Indian Civil Veterinary Department memoirs
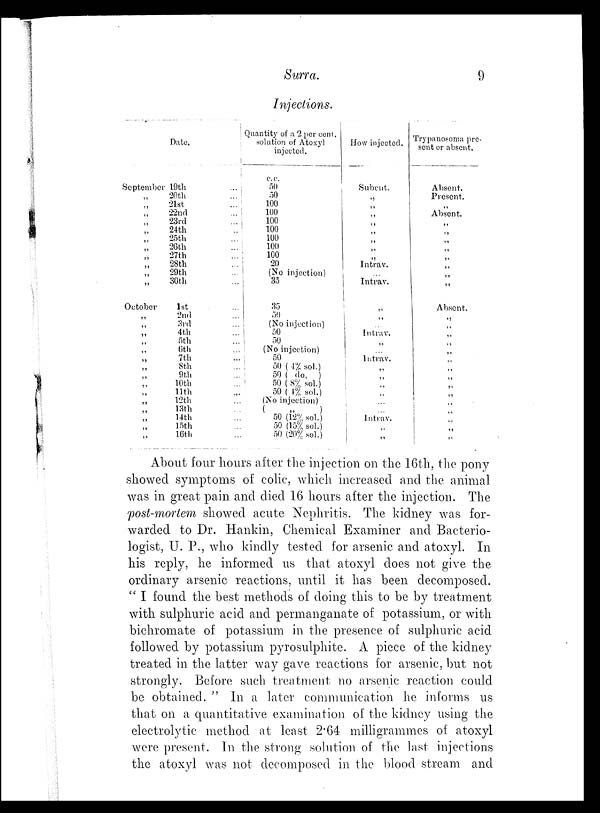
Surra.
9
Injections.
Date.
September
„
„
„
„
„
„
„
„
„
„
„
October
„
„
„
„
„
„
„
„
„
„
„
„
„
„
„
19th
...
20th ...
21st
22nd
...
23rd
...
24th
...
25th ...
26th ...
27th ...
28th ...
29th ...
30th ...
1st ...
2nd ...
3rd ...
4th ...
5th ...
6th ...
7th ...
8th ...
9th ...
10th ...
11th ...
12th ...
13th ...
14th ...
15th ...
16th ...
Quantity of a 2 per cent.
solution of Atoxyl
injected.
c.c.
50
50
100
100
100
100
100
100
100
20
(No injection)
35
35
50
(No injection)
50
50
(No injection)
50
50 ( 4% sol.)
50 ( do, )
50 ( 8% sol.)
50 ( 4% sol.)
(No injection)
(
„
)
50 (12% sol.)
50 (15% sol.)
50 (20% sol.)
How injected.
Subcut.
„
„
„
„
„
„
„
„
Intrav.
...
Intrav.
„
„
...
Intrav.
„
...
Intrav.
„
„
„
„
„
...
Intrav.
„
„
Trypanosoma pre-
sent or absent.
Absent.
Present.
„
Absent.
„
„
„
„
„
„
„
„
Absent.
„
„
„
„
„
„
„
„
„
„
„
„
„
„
„
About four hours after the injection on the 16th, the pony
showed symptoms of colic, which increased and the animal
was in great pain and died 16 hours after the injection. The
post-mortem showed acute Nephritis. The kidney was for-
warded to Dr. Hankin, Chemical Examiner and Bacterio-
logist, U. P., who kindly tested for arsenic and atoxyl. In
his reply, he informed us that atoxyl does not give the
ordinary arsenic reactions, until it has been decomposed.
" I found the best methods of doing this to be by treatment
with sulphuric acid and permanganate of potassium, or with
bichromate of potassium in the presence of sulphuric acid
followed by potassium pyrosulphite. A piece of the kidney
treated in the latter way gave reactions for arsenic, but not
strongly. Before such treatment no arsenic reaction could
be obtained. " In a later communication he informs us
that on a quantitative examination of the kidney using the
electrolytic method at least 2.64 milligrammes of atoxyl
were present. In the strong solution of the last injections
the atoxyl was not decomposed in the blood stream and